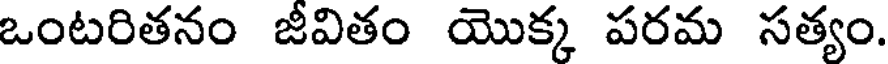
ఒంటరితనం జీవితం యొక్క పరమ సత్యం.